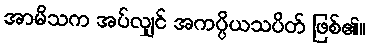
အာမိသက အပ်လျှင် အကပ္ပိယသပိတ် ဖြစ်၏။